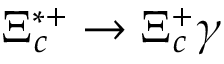
\Xi _ { c } ^ { * + } \to \Xi _ { c } ^ { + } \gamma